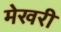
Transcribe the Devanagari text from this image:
मेखरी